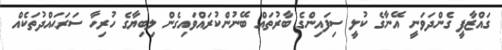
ގައްޒާފީ ގެންދަވަނީ އޭނާގެ ކުލީ ސިފައިންގެ ބާރުތައް ބޭނުންކުރައްވައިގެން ލިބިޔާގެ ހުރިހާ ސަރަޙައްދުތަކެއް